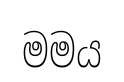
මමය